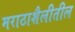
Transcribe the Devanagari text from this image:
मराठाशैलीतील